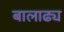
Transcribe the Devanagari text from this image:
बालाढ्य